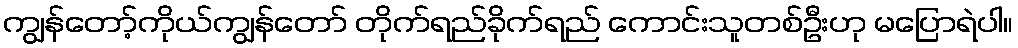
ကျွန်တော့်ကိုယ်ကျွန်တော် တိုက်ရည်ခိုက်ရည် ကောင်းသူတစ်ဦးဟု မပြောရဲပါ။